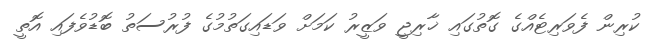
ކުރިން ފެވަރިޓެއްގެ ގޮތުގައި ޚާރިޖީ ވަޒީރު ކަމަށް ވަޑައިގަތުމުގެ ފުރުސަތު ބޮޑުވެފައި އޮތީ